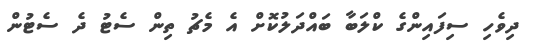
ދިވެހި ސިފައިންގެ ކްލަބާ ބައްދަލުކޮށް އެ މެޗު ތިން ސެޓު ދެ ސެޓުން